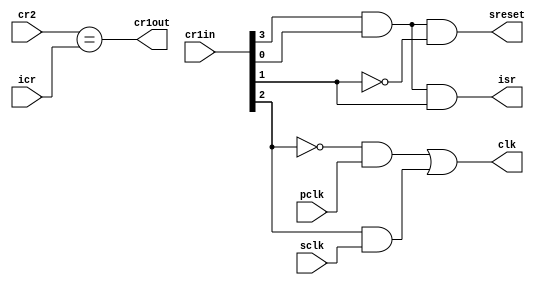
module WDT_logic(pclk,sclk,cr1in,cr2,icr,cr1out,sreset,isr,clk);

input	[31:0]	cr1in,cr2,icr;
input		pclk,sclk;
output		cr1out;
output		sreset,isr,clk;

assign clk = (~cr1in[2])&pclk | cr1in[2]&sclk;

assign cr1out = (cr2==icr);

assign ena = cr1in[3] & cr1in[0];

assign sreset 	 = ena & ~(cr1in[1]);
assign isr	 = ena & cr1in[1];

endmodule